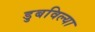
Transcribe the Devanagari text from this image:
डुबविल्या